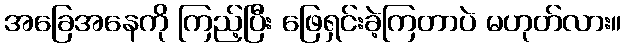
အခြေအနေကို ကြည့်ပြီး ဖြေရှင်းခဲ့ကြတာပဲ မဟုတ်လား။